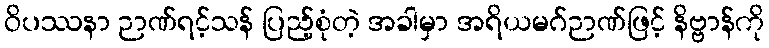
ဝိပဿနာ ဉာဏ်ရင့်သန် ပြည့်စုံတဲ့ အခါမှာ အရိယမဂ်ဉာဏ်ဖြင့် နိဗ္ဗာန်ကို